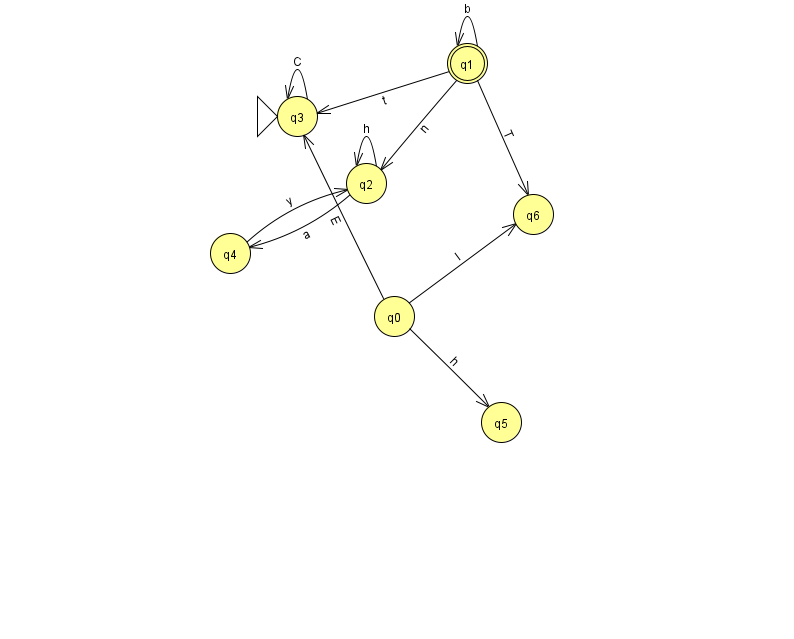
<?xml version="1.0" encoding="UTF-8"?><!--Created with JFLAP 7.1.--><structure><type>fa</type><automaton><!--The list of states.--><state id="0" name="q0"><x>394.0</x><y>303.0</y></state><state id="1" name="q1"><x>467.0</x><y>50.0</y><final/></state><state id="2" name="q2"><x>366.0</x><y>170.0</y></state><state id="3" name="q3"><x>297.0</x><y>103.0</y><initial/></state><state id="4" name="q4"><x>230.0</x><y>240.0</y></state><state id="5" name="q5"><x>501.0</x><y>409.0</y></state><state id="6" name="q6"><x>533.0</x><y>201.0</y></state><!--The list of transitions.--><transition><from>1</from><to>1</to><read>b</read></transition><transition><from>3</from><to>3</to><read>C</read></transition><transition><from>0</from><to>3</to><read>E</read></transition><transition><from>1</from><to>2</to><read>n</read></transition><transition><from>4</from><to>2</to><read>y</read></transition><transition><from>0</from><to>5</to><read>h</read></transition><transition><from>2</from><to>2</to><read>h</read></transition><transition><from>0</from><to>6</to><read>l</read></transition><transition><from>1</from><to>6</to><read>T</read></transition><transition><from>1</from><to>3</to><read>t</read></transition><transition><from>2</from><to>4</to><read>a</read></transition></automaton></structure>